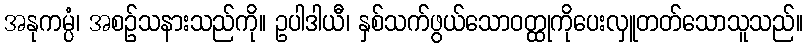
အနုကမ္ပံ၊ အစဉ်သနားသည်ကို။ ဥပါဒါယီ၊ နှစ်သက်ဖွယ်သောဝတ္ထုကိုပေးလှူတတ်သောသူသည်။